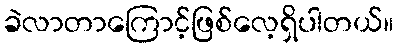
ခဲလာတာကြောင့်ဖြစ်လေ့ရှိပါတယ်။